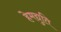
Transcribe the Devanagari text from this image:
हेमद्युति